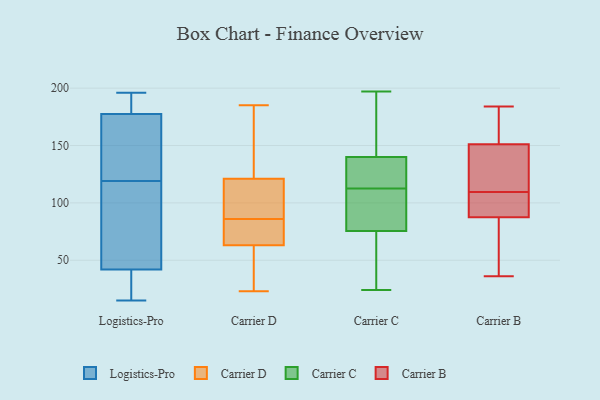
{"axis": {"x": "LTV (USD)", "y": "Value"}, "legend": ["Carrier B", "Carrier C", "Carrier D", "Logistics-Pro"], "data": [{"x": "", "y": 121, "type": "Logistics-Pro"}, {"x": "", "y": 47, "type": "Logistics-Pro"}, {"x": "", "y": 23, "type": "Logistics-Pro"}, {"x": "", "y": 55, "type": "Logistics-Pro"}, {"x": "", "y": 20, "type": "Logistics-Pro"}, {"x": "", "y": 84, "type": "Logistics-Pro"}, {"x": "", "y": 119, "type": "Logistics-Pro"}, {"x": "", "y": 195, "type": "Logistics-Pro"}, {"x": "", "y": 182, "type": "Logistics-Pro"}, {"x": "", "y": 65, "type": "Logistics-Pro"}, {"x": "", "y": 27, "type": "Logistics-Pro"}, {"x": "", "y": 15, "type": "Logistics-Pro"}, {"x": "", "y": 189, "type": "Logistics-Pro"}, {"x": "", "y": 122, "type": "Logistics-Pro"}, {"x": "", "y": 176, "type": "Logistics-Pro"}, {"x": "", "y": 134, "type": "Logistics-Pro"}, {"x": "", "y": 196, "type": "Logistics-Pro"}, {"x": "", "y": 25, "type": "Carrier D"}, {"x": "", "y": 185, "type": "Carrier D"}, {"x": "", "y": 63, "type": "Carrier D"}, {"x": "", "y": 118, "type": "Carrier D"}, {"x": "", "y": 121, "type": "Carrier D"}, {"x": "", "y": 158, "type": "Carrier D"}, {"x": "", "y": 120, "type": "Carrier D"}, {"x": "", "y": 23, "type": "Carrier D"}, {"x": "", "y": 80, "type": "Carrier D"}, {"x": "", "y": 64, "type": "Carrier D"}, {"x": "", "y": 92, "type": "Carrier D"}, {"x": "", "y": 71, "type": "Carrier D"}, {"x": "", "y": 38, "type": "Carrier D"}, {"x": "", "y": 157, "type": "Carrier D"}, {"x": "", "y": 150, "type": "Carrier C"}, {"x": "", "y": 85, "type": "Carrier C"}, {"x": "", "y": 197, "type": "Carrier C"}, {"x": "", "y": 84, "type": "Carrier C"}, {"x": "", "y": 71, "type": "Carrier C"}, {"x": "", "y": 128, "type": "Carrier C"}, {"x": "", "y": 160, "type": "Carrier C"}, {"x": "", "y": 24, "type": "Carrier C"}, {"x": "", "y": 186, "type": "Carrier C"}, {"x": "", "y": 129, "type": "Carrier C"}, {"x": "", "y": 103, "type": "Carrier C"}, {"x": "", "y": 30, "type": "Carrier C"}, {"x": "", "y": 122, "type": "Carrier C"}, {"x": "", "y": 130, "type": "Carrier C"}, {"x": "", "y": 129, "type": "Carrier C"}, {"x": "", "y": 99, "type": "Carrier C"}, {"x": "", "y": 67, "type": "Carrier C"}, {"x": "", "y": 34, "type": "Carrier C"}, {"x": "", "y": 175, "type": "Carrier C"}, {"x": "", "y": 80, "type": "Carrier C"}, {"x": "", "y": 95, "type": "Carrier B"}, {"x": "", "y": 36, "type": "Carrier B"}, {"x": "", "y": 165, "type": "Carrier B"}, {"x": "", "y": 104, "type": "Carrier B"}, {"x": "", "y": 90, "type": "Carrier B"}, {"x": "", "y": 72, "type": "Carrier B"}, {"x": "", "y": 179, "type": "Carrier B"}, {"x": "", "y": 184, "type": "Carrier B"}, {"x": "", "y": 137, "type": "Carrier B"}, {"x": "", "y": 107, "type": "Carrier B"}, {"x": "", "y": 135, "type": "Carrier B"}, {"x": "", "y": 112, "type": "Carrier B"}, {"x": "", "y": 78, "type": "Carrier B"}, {"x": "", "y": 85, "type": "Carrier B"}, {"x": "", "y": 167, "type": "Carrier B"}, {"x": "", "y": 134, "type": "Carrier B"}]}